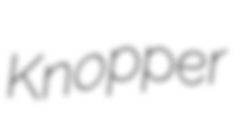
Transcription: Knopper